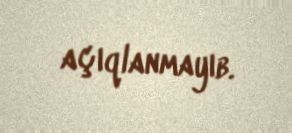
açıqlanmayıb.